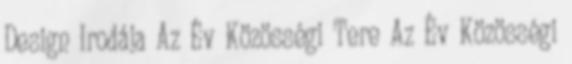
Design Irodája Az Év Közösségi Tere Az Év Közösségi